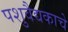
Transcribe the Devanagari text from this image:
पशुवैद्यकाचे